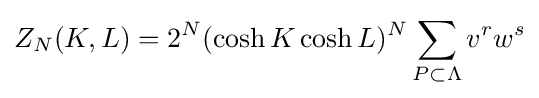
Z_{N}(K,L)=2^{N}(\cosh K\cosh L)^{N}\sum _{P\subset \Lambda }v^{r}w^{s}